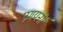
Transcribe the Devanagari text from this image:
प्रणयनी